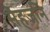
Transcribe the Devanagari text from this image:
सेहजनि